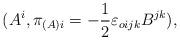
LaTeX: \begin{align*}(A^i,\pi_{(A)i} = -\frac{1}{2}{\varepsilon}_{oijk}B^{jk}),\end{align*}